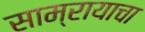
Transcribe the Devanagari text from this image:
साम्रायाचा